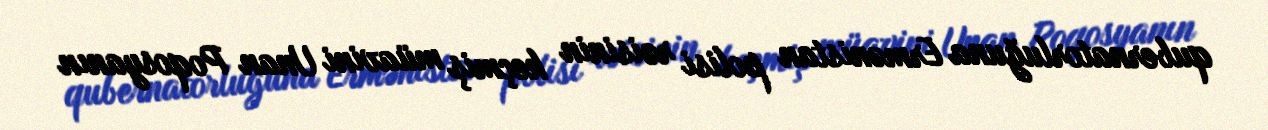
qubernatorluğuna Ermənistan polisi rəisinin keçmiş müavini Unan Poqosyanın